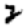
Digit: 2